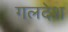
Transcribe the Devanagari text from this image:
गलदेश